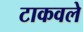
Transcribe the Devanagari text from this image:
टाकवले